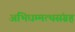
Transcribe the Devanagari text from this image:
अभिधम्मत्थसंग्रह